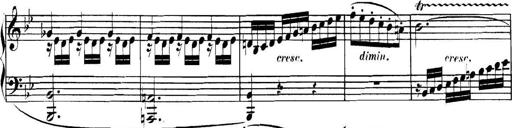
Title: Collected Piano Sonatas
Composer: Muzio Clementi